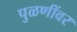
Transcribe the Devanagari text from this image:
पुळणींवर